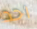
احد